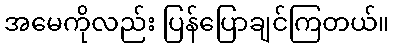
အမေကိုလည်း ပြန်ပြောချင်ကြတယ်။